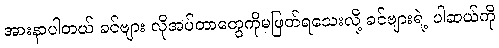
အားနာပါတယ် ခင်ဗျား လိုအပ်တာတွေကိုမဖြတ်ရသေးလို့ ခင်ဗျားရဲ့ ပါဆယ်ကို